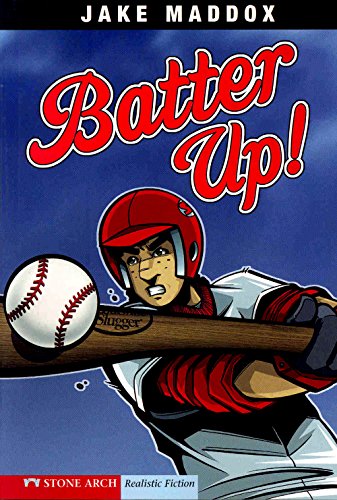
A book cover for Batter Up! (Jake Maddox Sports Stories); Jake Maddox; Children's Books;